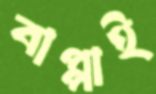
বাপ্পাই